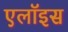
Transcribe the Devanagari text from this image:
एलॉइस